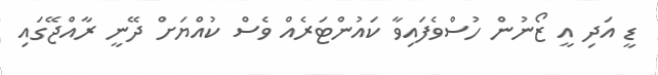
ޑީ އަދި އީ ޒޯނުން ހުސްވެފައިވާ ކައުންޓަރެއް ވެސް ކުއްޔަށް ދޭނީ ރާއްޖޭގައި